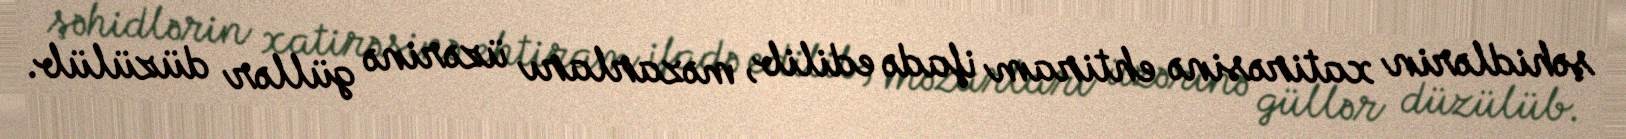
şəhidlərin xatirəsinə ehtiram ifadə edilib, məzarları üzərinə güllər düzülüb.